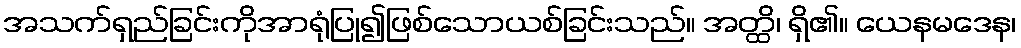
အသက်ရှည်ခြင်းကိုအာရုံပြု၍ဖြစ်သောယစ်ခြင်းသည်။ အတ္ထိ၊ ရှိ၏။ ယေနမဒေန၊